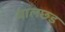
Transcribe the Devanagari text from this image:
वालछड़